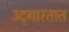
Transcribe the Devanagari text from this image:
उद्‌गारतात